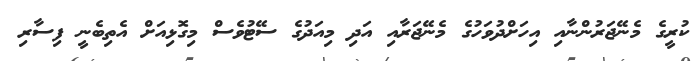
ކުރީގެ މެނޭޖަރުންނާއި އިހަށްދުވަހުގެ މެނޭޖަރާއި އަދި މިއަދުގެ ސޭޓުވެސް މިގޮޅިއަށް އެތިބެނީ ފިސާރި